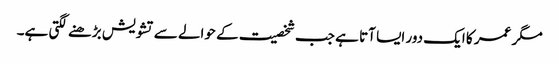
مگر عمر کا ایک دور ایسا آتا ہے جب شخصیت کے حوالے سے تشویش بڑھنے لگتی ہے۔